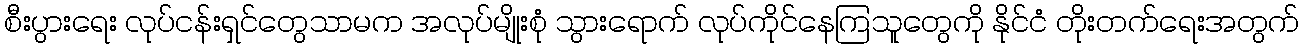
စီးပွားရေး လုပ်ငန်းရှင်တွေသာမက အလုပ်မျိုးစုံ သွားရောက် လုပ်ကိုင်နေကြသူတွေကို နိုင်ငံ တိုးတက်ရေးအတွက်